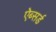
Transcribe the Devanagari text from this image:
ऐब्सर्ड